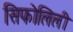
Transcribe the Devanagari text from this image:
सिफोलिली